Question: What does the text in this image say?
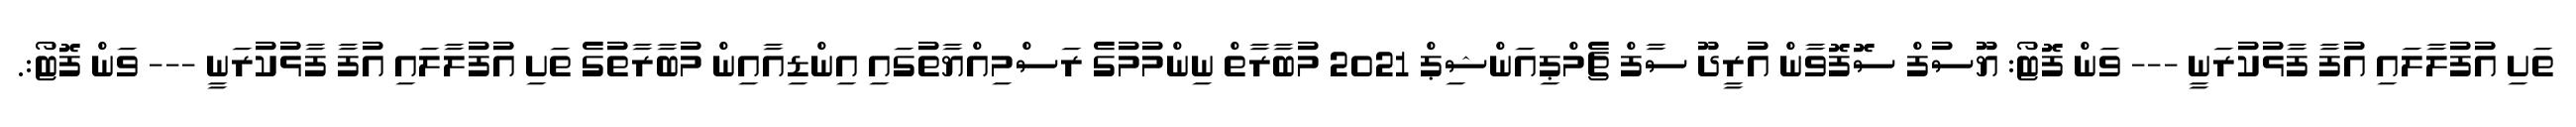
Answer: ތަށި އުފުލާލައި އުފާ ފާޅުކުރަނީ --- ވަން ފޮޓޯ: ޔޫސުފް ސޮފޮވާން އުރީދޫ ސާފް ޗެމްޕިއަންޝިޕް 2021 މުބާރާތް ނިންމުމުގެ ރަސްމިއްޔާތުގައި އިންޑިއާއިން މުބާރާތުގެ ތަށި އުފުލާލައި އުފާ ފާޅުކުރަނީ --- ވަން ފޮޓޯ:.